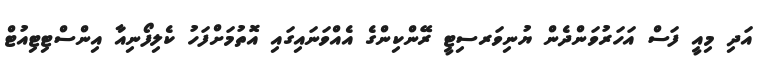
އަދި މިއީ ފަސް އަހަރުވަންދެން ޔުނިވަރސިޓީ ރޭންކިންގެ އެއްވަނައިގައި އޮތުމަށްފަހު ކެލިފޯނިއާ އިންސްޓިޓިއުޓް